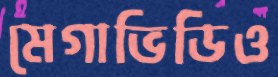
মেগাভিডিও